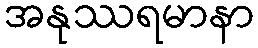
အနုဿရမာနာ